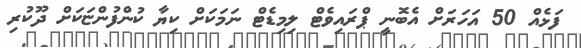
ފަޅެއް 50 އަހަރަށް އެބޮނީ ޕްރައިވެޓް ލިމިޑެޓް ނަމަކަށް ކިޔާ ކުންފުންޏަކަށް ދޫކުރި